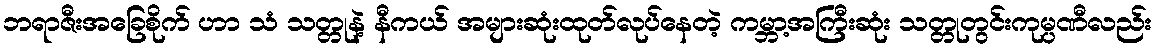
ဘရာဇီးအခြေစိုက် ဟာ သံ သတ္တုနဲ့ နီကယ် အများဆုံးထုတ်လုပ်နေတဲ့ ကမ္ဘာ့အကြီးဆုံး သတ္တုတွင်းကုမ္ပဏီလည်း